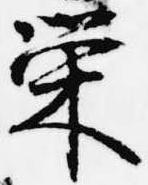
栄